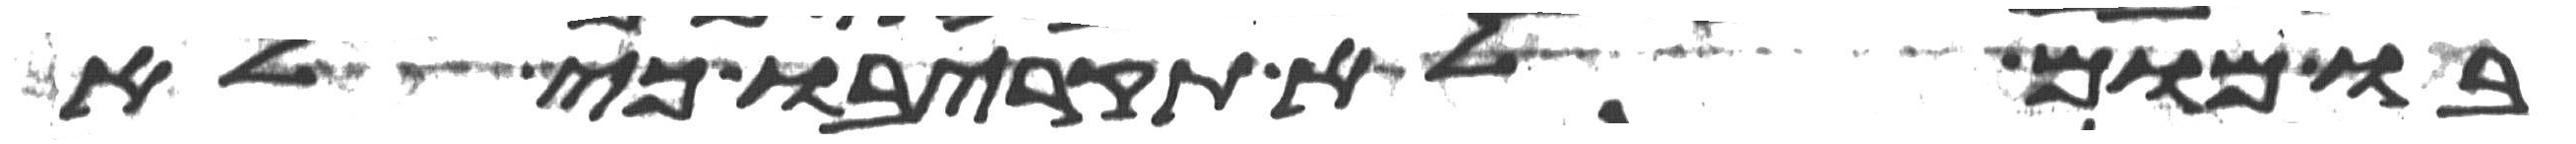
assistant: בו מום לא תקריבו כי לא